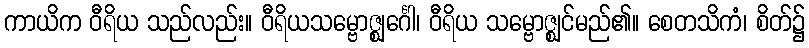
ကာယိက ဝီရိယ သည်လည်း။ ဝီရိယသမ္ဗောဇ္ဈင်္ဂေါ၊ ဝီရိယ သမ္ဗောဇ္ဈင်မည်၏။ စေတသိကံ၊ စိတ်၌